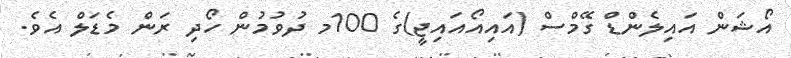
އޯޝަން އައިލެންޑް ގޭމްސް (އައިއޯއައިޖީ)ގެ 100މ ދުވުމުން ހޯދި ރަން މެޑަލް އެވެ.